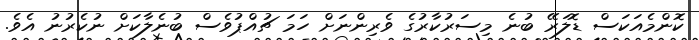
ކޮންމެއަކަސް ޑޮލަރޭ ބުނެ މިސަރުކާރުގެ ވެރިންނަށް ހަމަ ޗުއްޕުވެސް ބުނެލާކަށް ނުކެރުނު އެވެ.